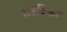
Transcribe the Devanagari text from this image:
हरवित्ज